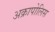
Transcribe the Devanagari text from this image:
अक्रापोलिस